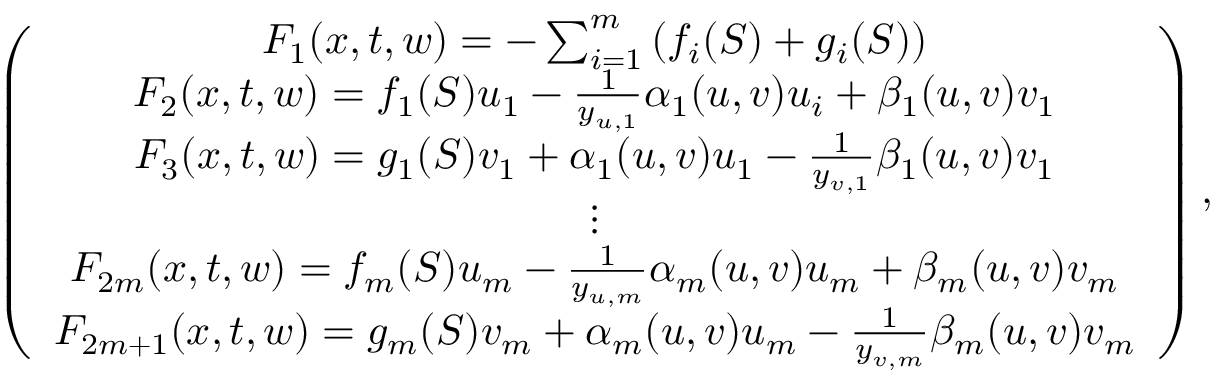
\left( \begin{array} { c } { F _ { 1 } ( x , t , w ) = - \sum _ { i = 1 } ^ { m } \left( f _ { i } ( S ) + g _ { i } ( S ) \right) } \\ { F _ { 2 } ( x , t , w ) = f _ { 1 } ( S ) u _ { 1 } - \frac { 1 } { y _ { u , 1 } } \alpha _ { 1 } ( u , v ) u _ { i } + \beta _ { 1 } ( u , v ) v _ { 1 } } \\ { F _ { 3 } ( x , t , w ) = g _ { 1 } ( S ) v _ { 1 } + \alpha _ { 1 } ( u , v ) u _ { 1 } - \frac { 1 } { y _ { v , 1 } } \beta _ { 1 } ( u , v ) v _ { 1 } } \\ { \vdots } \\ { F _ { 2 m } ( x , t , w ) = f _ { m } ( S ) u _ { m } - \frac { 1 } { y _ { u , m } } \alpha _ { m } ( u , v ) u _ { m } + \beta _ { m } ( u , v ) v _ { m } } \\ { F _ { 2 m + 1 } ( x , t , w ) = g _ { m } ( S ) v _ { m } + \alpha _ { m } ( u , v ) u _ { m } - \frac { 1 } { y _ { v , m } } \beta _ { m } ( u , v ) v _ { m } } \end{array} \right) ,